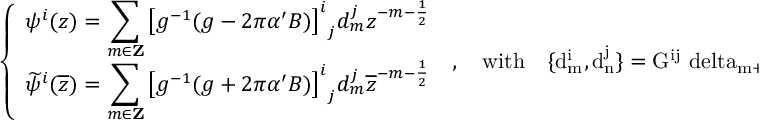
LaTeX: \left\{ \begin{array} { l } { { \displaystyle \psi ^ { i } ( z ) = \sum _ { m \in { \bf Z } } { \left[ g ^ { - 1 } ( g - 2 \pi \alpha ^ { \prime } B ) \right] ^ { i } } _ { j } d _ { m } ^ { j } z ^ { - m - \frac { 1 } { 2 } } } } \\ { { \displaystyle \widetilde { \psi } ^ { i } ( \overline { { { z } } } ) = \sum _ { m \in { \bf Z } } { \left[ g ^ { - 1 } ( g + 2 \pi \alpha ^ { \prime } B ) \right] ^ { i } } _ { j } d _ { m } ^ { j } \overline { { { z } } } ^ { - m - \frac { 1 } { 2 } } } } \end{array} \right. ~ , \quad \mathrm { w i t h ~ \ ~ \{ d _ { m } ^ { i } , d _ { n } ^ { j } \} = G ^ { i j } \ d e l t a _ { m + n } ~ } ~ .